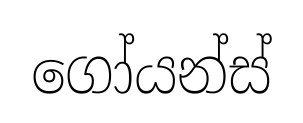
ගෝයන්ස්